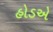
હોડએ